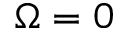
\Omega = 0